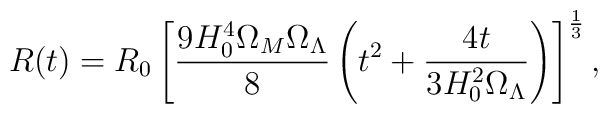
R(t)= R_0\left[\frac{9H_0^4\Omega_M\Omega_{\Lambda}}{8}\left(t^2+\frac{4t}{3H_0^2\Omega_{\Lambda}}\right)\right]^{\frac{1}{3}} ,